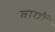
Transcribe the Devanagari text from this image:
बायों